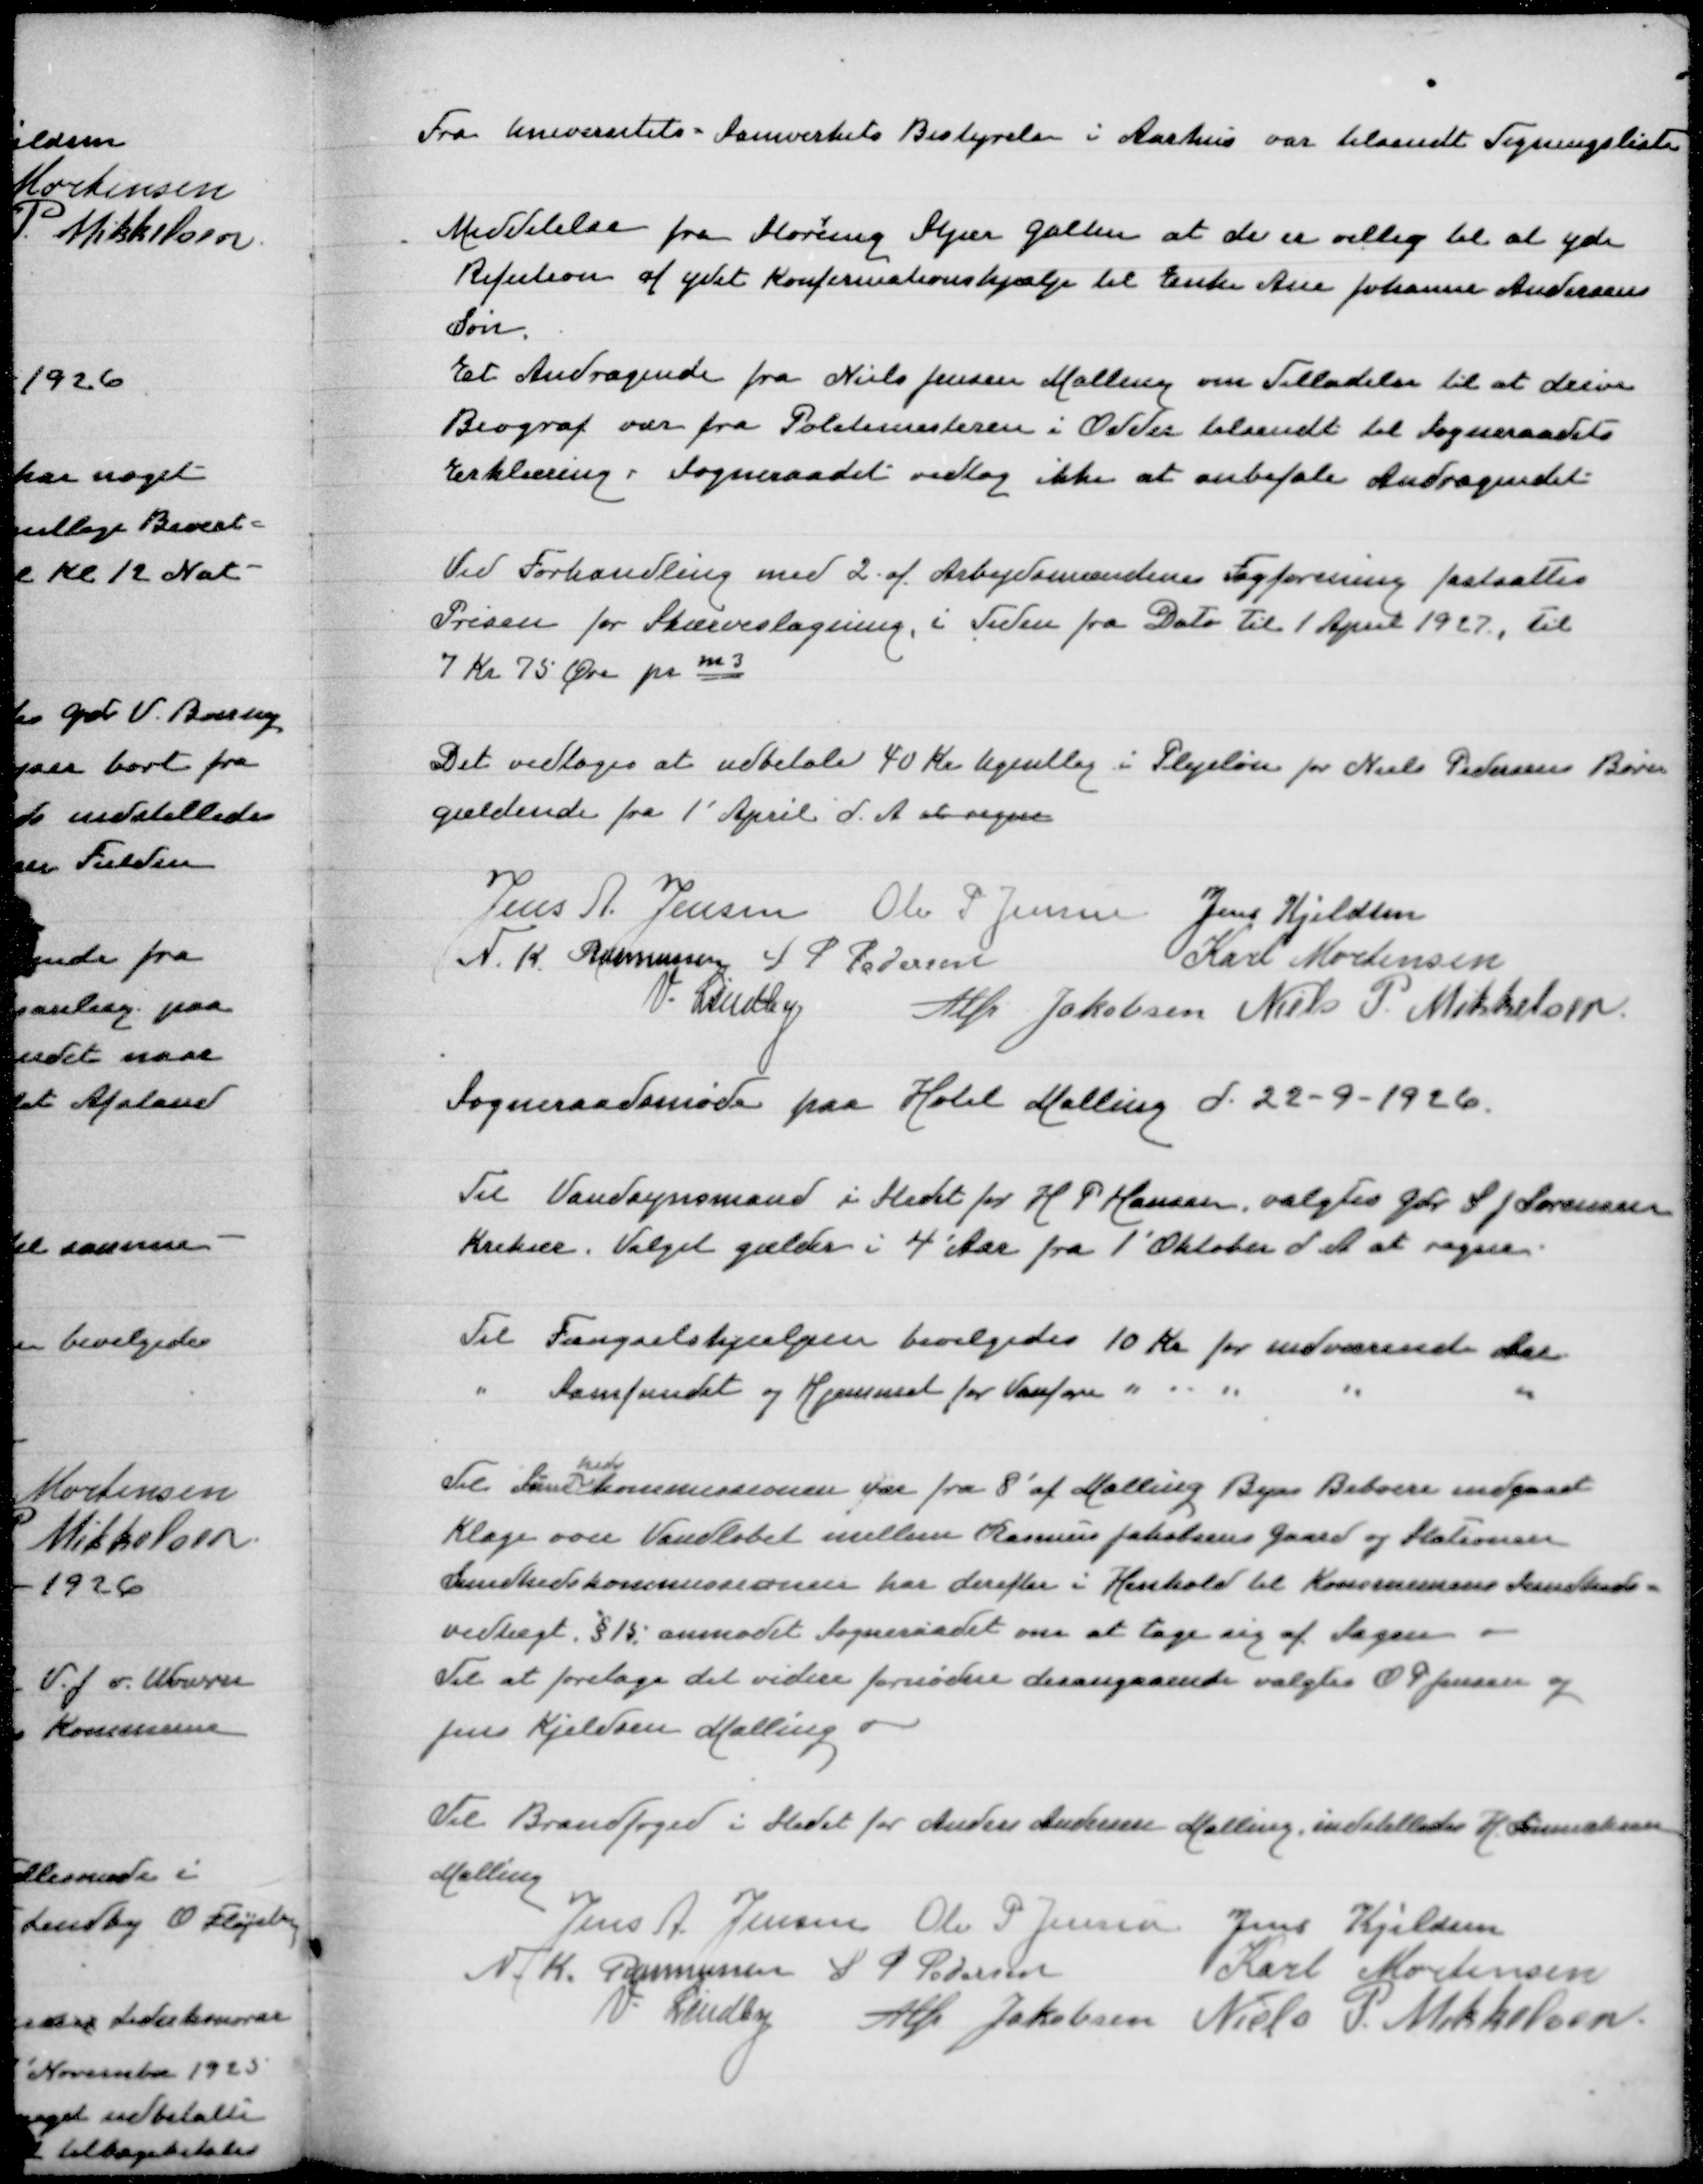
Transskription:
Fra Universitets - Samvirkets Bestyrelse i Aarhus var tilsendt Tegningsliste

Meddelelse fra Storring Stjær Galten at de er villig til at yde
Refusion af ydet Konfirmationshjælp til Enke Ane Johanne ndersens
Søn
Et Andragende fra Niels Jensen Malling om Tilladelse til at drive
Biograf var fra Politimesteren i Odder tilsendt til Sogneraadets
Erklæring Sogneraadet vedtog ikke at anbefale Andragendet

Ved Forhandling med 2 af Arbejdsmændenes FaApril 1927, tilgforening fastsattes
Prisen for Skærvelægning i Tiden fra Dato til 1' April 1927, til
7 Kr 75 Øre pr m3

Det vedtoges at udbetale 40 Kr Ugentlig i Plejeløn for Niels Pedersens Børn
gældende fra 1' April d.A at regne

Jens A Jensen
Ole P Jensen
Jens Kjeldsen
N K Rasmussen
S P Pedersen
Karl Mortensen
V Lindby
Alfr Jakobsen
Niels P Mikkelsen
Sogneraadsmøde paa Hotel Malling d 22-9-1926

Til Vandsynsmand i Stedet for H P Hansen, valgtes Gdr S J Sørensen
Krekær. Valget gælder i 4 Aar fra 1' Oktober d A at regne

Til Fængselshjælpen bevilgedes 10 Kr for indeværende Aar
" Samfundet og Hjemmet for Vanføre " " " " "

heds
Til Sund kommissionen var fra 8 af Malling Bys Beboere indgaaet
Klage over Vandløbet mellemRasmusJakobsens Gaardog Stationen
Sundhedskommissionen har derefter i Henhold til Kommunens Sumdheds=
vedtægt §15anmodet Sogneradet om at tage sig af Sagen
Til atforetage det videre forndne desangaaende valgtes O P Jensen og
Jens Kjeldse Malling

Til Brandfoged i Stedet for Anders Andersn Malling indstilledes H Sønnichsen
Malling
Jens A Jensen
Ole P Jensen
Jens Kjeldsen
N K Rasmussen
S P Pedersen
Karl Mortensen
V Lindby
Alfr Jakobsen
Niels P Mikkelsen